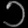
Digit: ၁